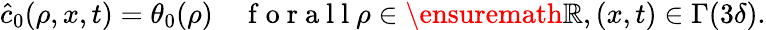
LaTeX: \hat{c}_{0}(\rho,x,t)=\theta_{0}(\rho)\quad\mathrm{~f~o~r~a~l~l~}\rho\in\ensuremath{\mathbb{R}},(x,t)\in\Gamma(3\delta).